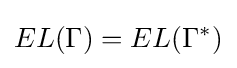
EL(\Gamma )=EL(\Gamma ^{*})